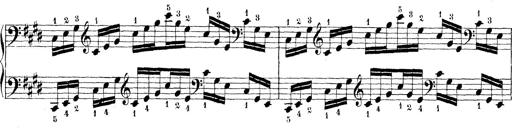
Title: Technische Studien
Composer: Franz Liszt